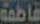
فاطمة